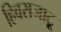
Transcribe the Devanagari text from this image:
हिवराजाटू